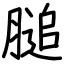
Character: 膇